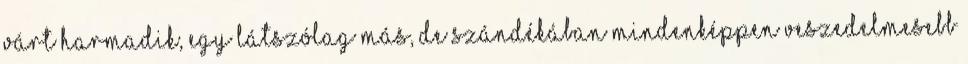
várt harmadik, egy látszólag más, de szándékában mindenképpen veszedelmesebb